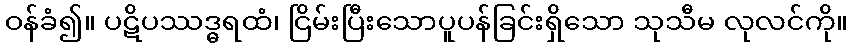
ဝန်ခံ၍။ ပဋိပဿဒ္ဓရထံ၊ ငြိမ်းပြီးသောပူပန်ခြင်းရှိသော သုသီမ လုလင်ကို။